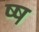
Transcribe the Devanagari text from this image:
ष्ष